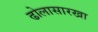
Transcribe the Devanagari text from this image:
ढोलासारखा